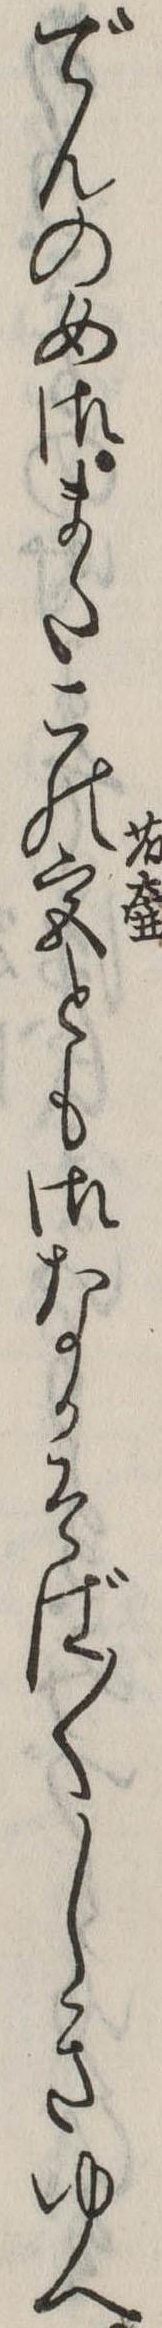
でんの女御またこの宮とも御なかそば〱しきゆへ